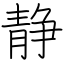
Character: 静